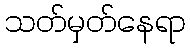
သတ်မှတ်နေရာ